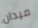
ميدان